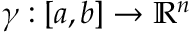
\gamma : [ a , b ] \to \mathbb { R } ^ { n }